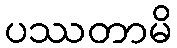
ပဿတာမိ